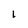
Character: l